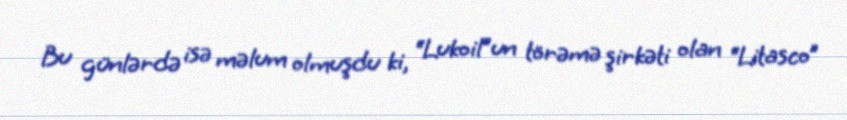
Bu günlərdə isə məlum olmuşdu ki, “Lukoil”un törəmə şirkəti olan “Litasco”